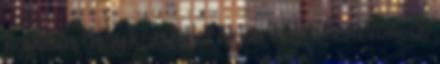
kaptam, hogy kék. Kék? Akkor talán nem volt, de